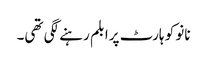
نانو کو ہارٹ پرابلم رہنے لگی تھی۔